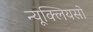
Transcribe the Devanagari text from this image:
न्यूक्लियसो